Report on the lunatic asylums under the Government of Bombay - 1904-1913
Year: 1904
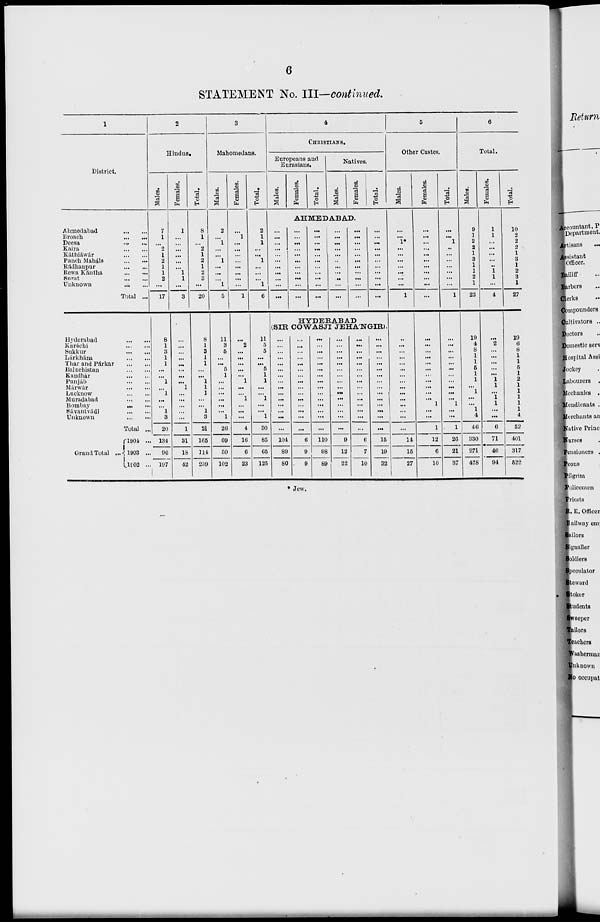
6
STATEMENT No. III—continued.
1
District.
Ahmedabad
...
...
Broach
...
...
Deesa
...
...
Kaira
...
...
Káthiáwár
...
...
Panch Mahals
...
...
Rádhanpur
...
...
Rewa Kántha
...
...
Surat
...
...
Unknown
...
...
Total ...
Hyderabad ... ...
Karáchi
...
...
Sukkur ... ...
Lárkhána ... ...
Thar and Párkar
...
...
Baluchistan
...
...
Kandhár
...
...
Punjáb
...
...
Márwár
...
...
Lucknow
...
...
Muradabad ... ...
Bombay
...
...
Sávantvádi
...
...
Unknown
...
...
Total ...
Grand Total ...
1904 ...
1903 ...
1902 ...
2
Hindus.
Males.
7
1
...
2
1
2
1
1
2
...
17
8
1
3
1
1
...
...
1
...
1
...
...
1
3
20
134
96
197
Females.
1
...
...
...
...
...
...
1
1
...
3
...
...
...
...
...
...
...
...
1
...
...
...
...
...
1
31
18
42
Total.
8
1
...
2
1
2
1
2
3
...
20
8
1
3
1
1
...
...
1
1
1
...
...
1
3
21
165
114
239
3
Mahomedans.
Males.
2
...
1
...
...
1
...
...
...
1
5
11
3
5
...
...
5
1
...
...
...
...
...
...
1
26
69
59
102
Females.
...
1
...
...
...
...
...
...
...
...
1
...
2
...
...
...
...
...
1
...
...
1
...
...
...
4
16
6
23
Total.
2
1
1
...
...
1
...
...
...
1
6
11
5
5
...
...
5
1
1
...
...
1
...
...
1
30
85
65
125
4
CHRISTIANS.
Europeans and
Eurasians.
Males.
Females.
Total.
Natives.
Males.
Females.
Total.
AHMEDABAD.
...
...
...
...
...
...
...
...
...
...
...
...
...
...
...
...
...
...
...
...
...
...
...
...
...
...
...
...
...
...
...
...
. ..
...
...
...
...
...
...
...
...
...
...
...
...
...
...
...
...
...
...
...
...
...
...
...
...
...
...
...
...
...
...
...
...
...
HYDERABAD
(SIR COWASJI JEHA'NGIR).
...
...
...
...
...
...
...
...
...
...
...
...
...
...
...
104
89
80
...
...
...
...
...
...
...
...
...
...
...
...
...
...
...
6
9
9
...
...
...
...
...
...
...
...
...
...
...
...
...
...
...
110
98
89
...
...
...
...
...
...
...
...
...
...
...
...
...
...
...
9
12
22
...
...
...
...
...
...
...
...
...
...
...
...
...
...
...
6
7
10
...
...
...
...
...
...
...
...
...
...
...
...
...
...
...
15
19
32
5
Other Castes.
Males.
...
...
1*
...
...
...
...
...
...
...
1
...
...
...
...
...
...
...
...
...
...
...
...
...
...
...
14
15
27
Females.
...
...
...
...
...
...
...
...
...
...
...
...
...
...
...
...
...
...
...
...
...
...
1
...
...
1
12
6
10
Total.
...
...
1
...
...
...
...
...
...
...
1
...
...
...
...
...
...
...
...
...
...
...
1
...
. ..
1
26
21
37
6
Total.
Males.
9
1
2
2
1
3
1
1
9
1
23
19
4
8
1
1
5
1
1
... 1
...
...
1
4
46
330
271
428
Females.
1
1
...
...
...
...
..
1
1
...
4
...
2
...
...
...
...
...
1
1
...
1
1
...
...
6
71
46
94
Total.
10
2
2
2
1
3
1
2
3
1
27
19
6
8
1
1
5
1
2
1
1
1
1
1
4
52
401
317
522
* Jew.